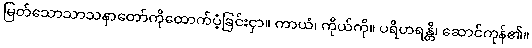
မြတ်သောသာသနာတော်ကိုထောက်ပံ့ခြင်းငှာ။ ကာယံ၊ ကိုယ်ကို။ ပရိဟရန္တိ၊ ဆောင်ကုန်၏။